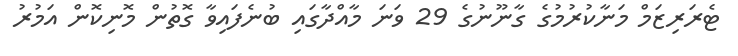
ޓެރަރިޒަމް މަނާކުރުމުގެ ގާނޫނުގެ 29 ވަނަ މާއްދާގައި ބުނެފައިވާ ގޮތުން މޮނިކޮން އަމުރު